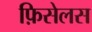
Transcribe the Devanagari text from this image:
फ़िसेलस